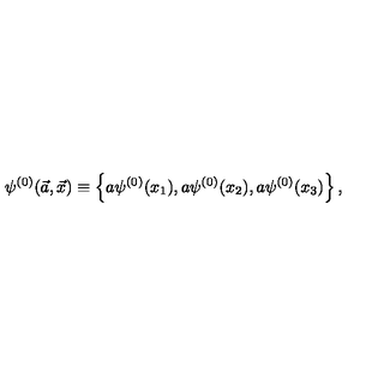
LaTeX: \psi ^ { ( 0 ) } ( \vec { a } , \vec { x } ) \equiv \left\{ a \psi ^ { ( 0 ) } ( x _ { 1 } ) , a \psi ^ { ( 0 ) } ( x _ { 2 } ) , a \psi ^ { ( 0 ) } ( x _ { 3 } ) \right\} ,